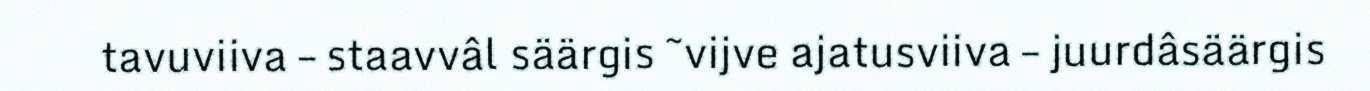
tavuviiva – staavvâl säärgis ~vijve ajatusviiva – juurdâsäärgis